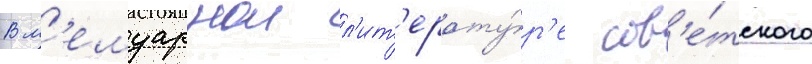
В м'емуарнои л'ит'ерату́р'е сов'е́тского